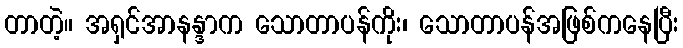
တာတဲ့။ အရှင်အာနန္ဒာက သောတာပန်ကိုး၊ သောတာပန်အဖြစ်ကနေပြီး